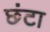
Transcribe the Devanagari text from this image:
छंटा